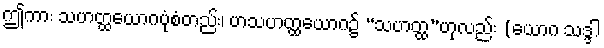
ဤကား သဟတ္ထယောဂပုံစံတည်း၊ ဟသဟတ္ထယောဂ၌ “သဟတ္ထ”ဟုလည်း (ယောဂ သဒ္ဒါ